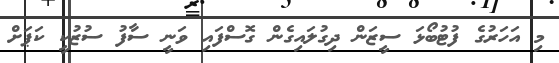
މި އަހަރުގެ ފުޓުބޯޅަ ސީޒަން ދިގުލައިގެން ގޮސްފައި ވަނީ ސާފު ސުޒުކީ ކަޕަށް